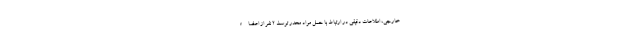
خارجی، اطلاعات دقیقی در ارتباط با حمل مواد مخدر توسط ۲ نفر از اعضاء